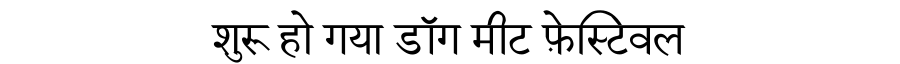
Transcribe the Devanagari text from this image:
शुरू हो गया डॉग मीट फ़ेस्टिवल